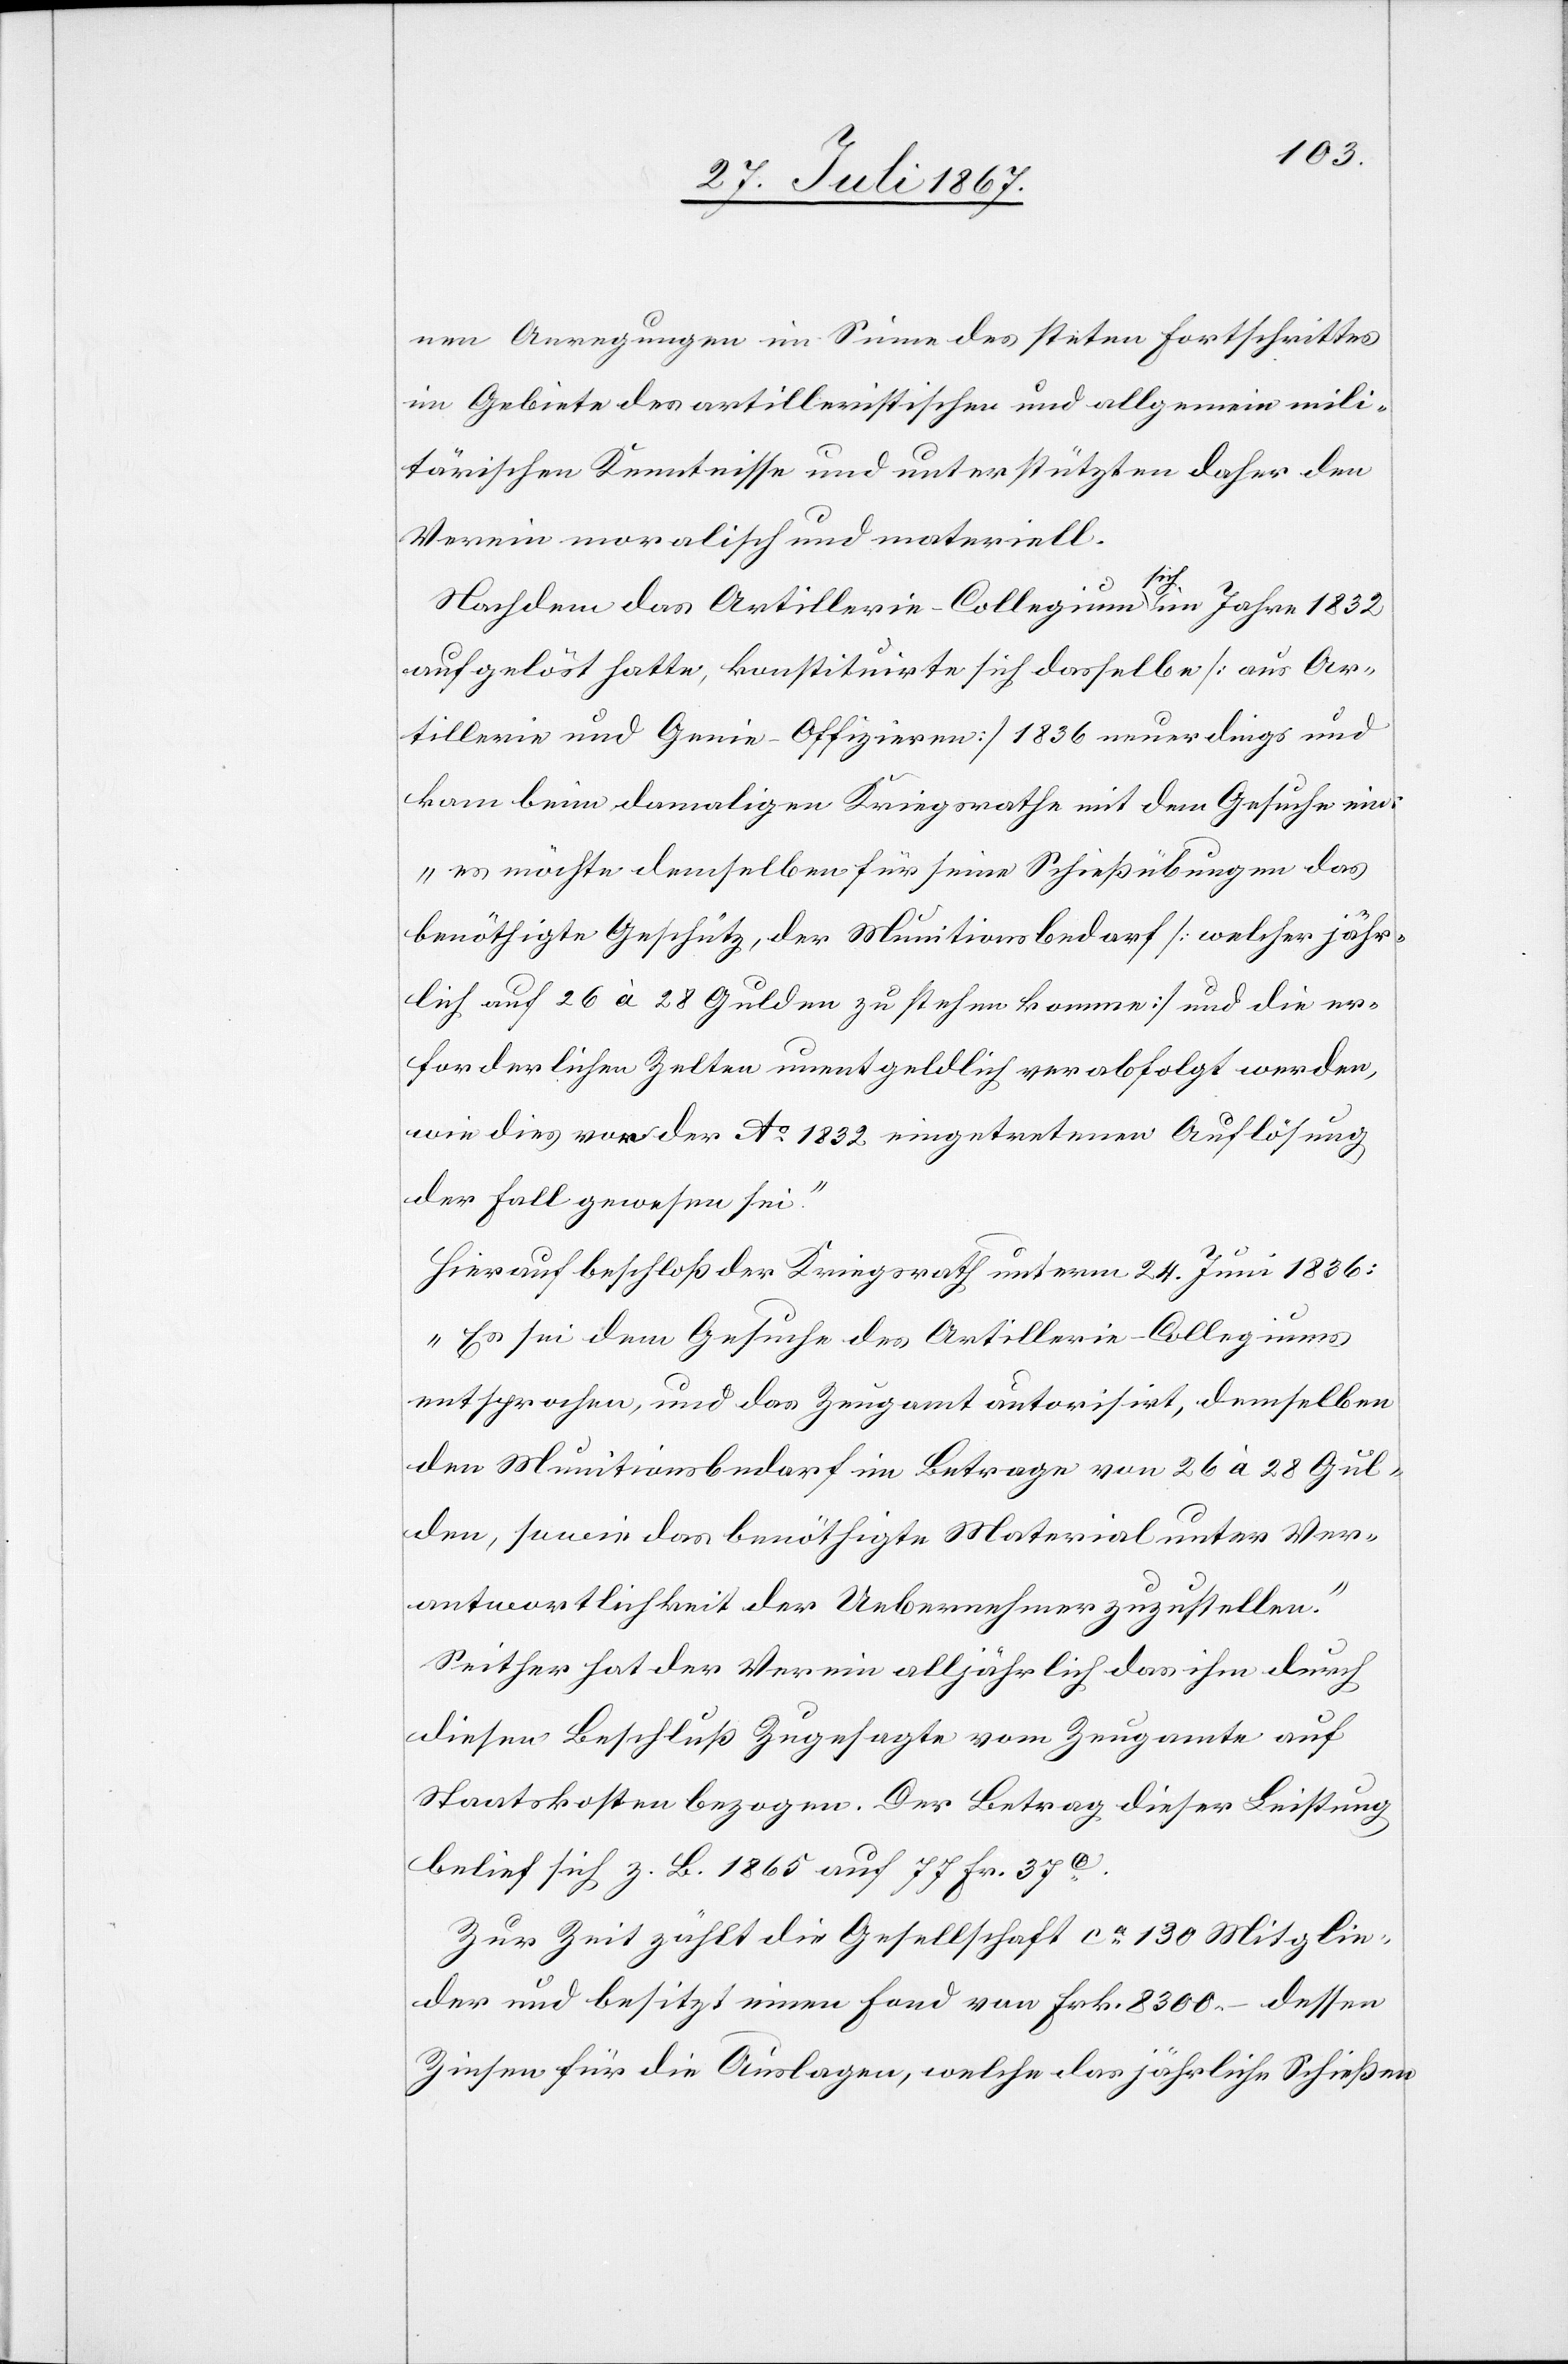
nen Anregungen im Sinne des steten Fortschrittes
im Gebiete des Artilleristischen und allgemein mili¬
tärischen Kenntnisse und unterstützten daher den
Verein moralisch und materiell.
Nachdem das Artillerie-Collegium sich im Jahre 1832
aufgelöst hatte, konstituirte sich dasselbe [aus Ar¬
tillerie und Genie-Offizieren] 1836 neuerdings und
kam beim damaligen Kriegsrathe mit dem Gesuche ein:
„es möchte demselben für seine Schießübungen das
benöthigte Geschütz, der Munitionsbedarf [welcher jähr¬
lich auf 26 à 28 Gulden zu stehen komme] und die er¬
forderlichen Zelten unentgeldlich verabfolgt werden,
wie dies vor der Ao. 1832 eingetretenen Auflösung
der Fall gewesen sei.[“]
Hierauf beschloß der Kriegsrath unterm 24. Juni 1836:
„Es sei dem Gesuche des Artillerie-Collegiums
entsprochen, und das Zeugamt autorisirt, demselben
den Munitionsbedarf im Betrage von 26 à 28 Gul¬
den, sowie das benöthigte Material unter Ver¬
antwortlichkeit der Uebernehmer zuzustellen.“
Seither hat der Verein alljährlich das ihm durch
diesen Beschluß Zugesagte vom Zeugamte auf
Staatskosten bezogen. Der Betrag dieser Leistung
belief sich z. B. 1865 auf 77 Fr. 37 c.
Zur Zeit zählt die Gesellschaft ca. 130 Mitglie¬
der und besitzt einen Fond von Frk. 8300.–. dessen
Zinsen für die Auslagen, welche das jährliche Schießen